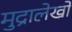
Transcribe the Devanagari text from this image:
मुद्रालेखों